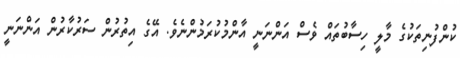
ކުންފުނިތަކުގެ މާލީ ހިސާބުތައް ވެސް އަންނަނީ އާންމުކުރަމުންނެވެ. އޭގެ އިތުރުން ސަރުކާރުން އަންނަނީ